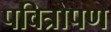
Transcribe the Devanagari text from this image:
पवित्रोपण